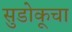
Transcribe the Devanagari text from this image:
सुडोकूचा